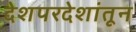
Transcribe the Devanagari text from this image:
देशपरदेशांतून